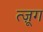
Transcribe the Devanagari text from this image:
त्ज़ूग